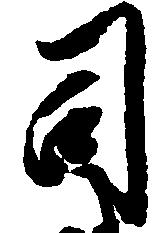
司